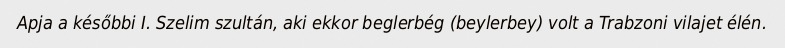
Apja a későbbi I. Szelim szultán, aki ekkor beglerbég (beylerbey) volt a Trabzoni vilajet élén.